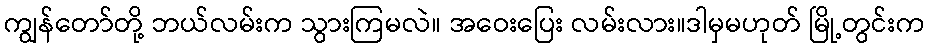
ကျွန်တော်တို့ ဘယ်လမ်းက သွားကြမလဲ။ အဝေးပြေး လမ်းလား။ဒါမှမဟုတ် မြို့တွင်းက